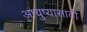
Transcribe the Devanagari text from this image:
आयुष्यासाठी